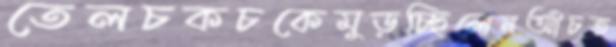
তেলচকচকেমুড়চ্ছিলেনআঁচত